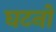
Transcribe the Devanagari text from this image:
घटनों